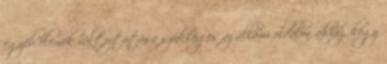
egyéb elemek változtatása szükséges az állami oldalon ahhoz, hogy